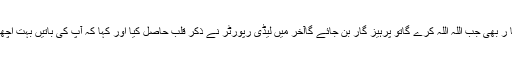
گنہگا ر بھی جب اللہ اللہ کرے گاتو پرہیز گار بن جائے گاآخر میں لیڈی رپورٹر نے ذکرِ قلب حاصل کیا اور کہا کہ آپ کی باتیں بہت اچھی ہی